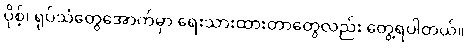
ပိုစ့်၊ ရုပ်သံတွေအောက်မှာ ရေးသားထားတာတွေလည်း တွေ့ရပါတယ်။